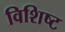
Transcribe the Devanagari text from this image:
विशिष्‍ट